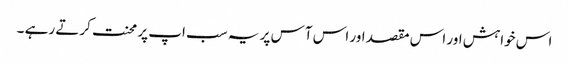
اس خواہش اور اس مقصد اور اس آس پر یہ سب اپ پر محنت کرتے رہے ۔